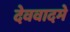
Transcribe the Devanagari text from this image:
देववादमे